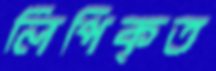
লিপিকৃত